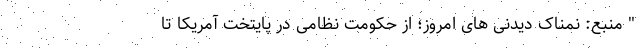
" منبع: نمناک دیدنی های امروز؛ از حکومت نظامی در پایتخت آمریکا تا